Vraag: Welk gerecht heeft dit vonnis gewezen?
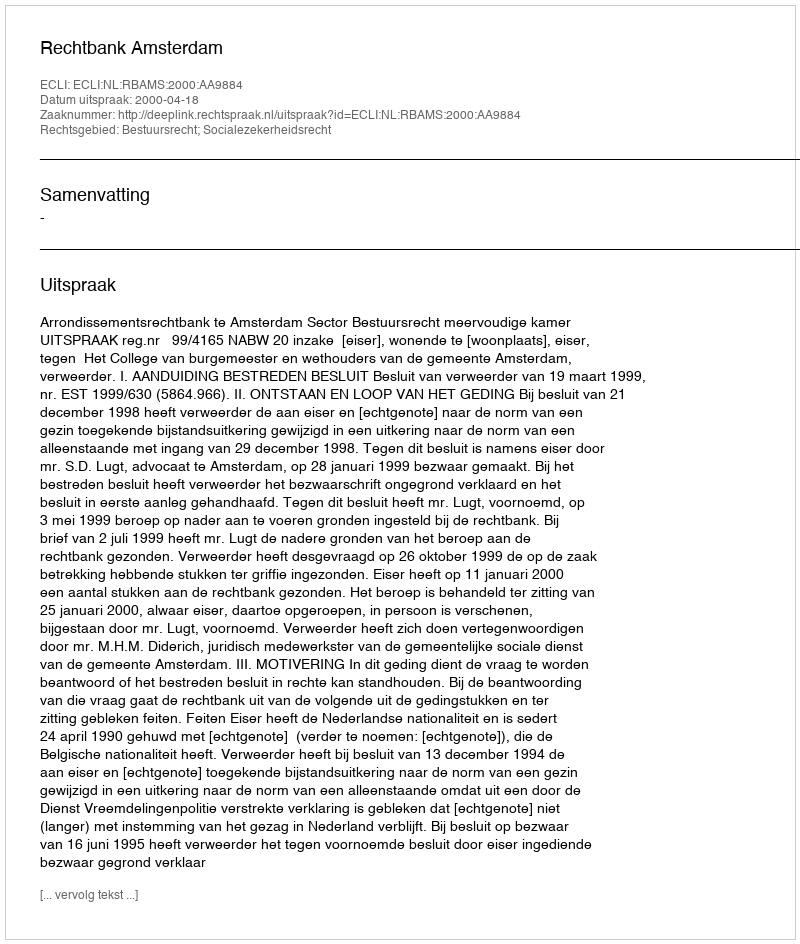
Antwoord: Rechtbank Amsterdam